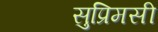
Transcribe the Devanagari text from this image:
सुप्रिमसी